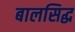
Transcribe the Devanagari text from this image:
बालसिद्ध